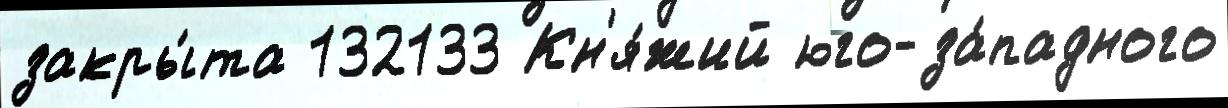
закры́та 132133 Кн'я́жий юго-за́падного